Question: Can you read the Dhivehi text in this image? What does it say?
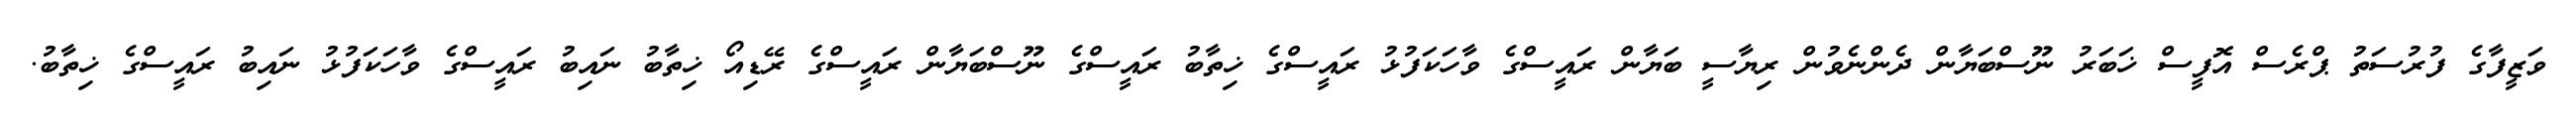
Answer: ވަޒީފާގެ ފުރުސަތު ޕްރެސް އޮފީސް ޚަބަރު ނޫސްބަޔާން ދެންނެވުން ރިޔާސީ ބަޔާން ރައީސްގެ ވާހަކަފުޅު ރައީސްގެ ޚިތާބު ރައީސްގެ ނޫސްބަޔާން ރައީސްގެ ރޭޑިއޯ ޚިތާބު ނައިބު ރައީސްގެ ވާހަކަފުޅު ނައިބު ރައީސްގެ ޚިތާބު.